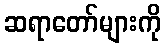
ဆရာတော်များကို